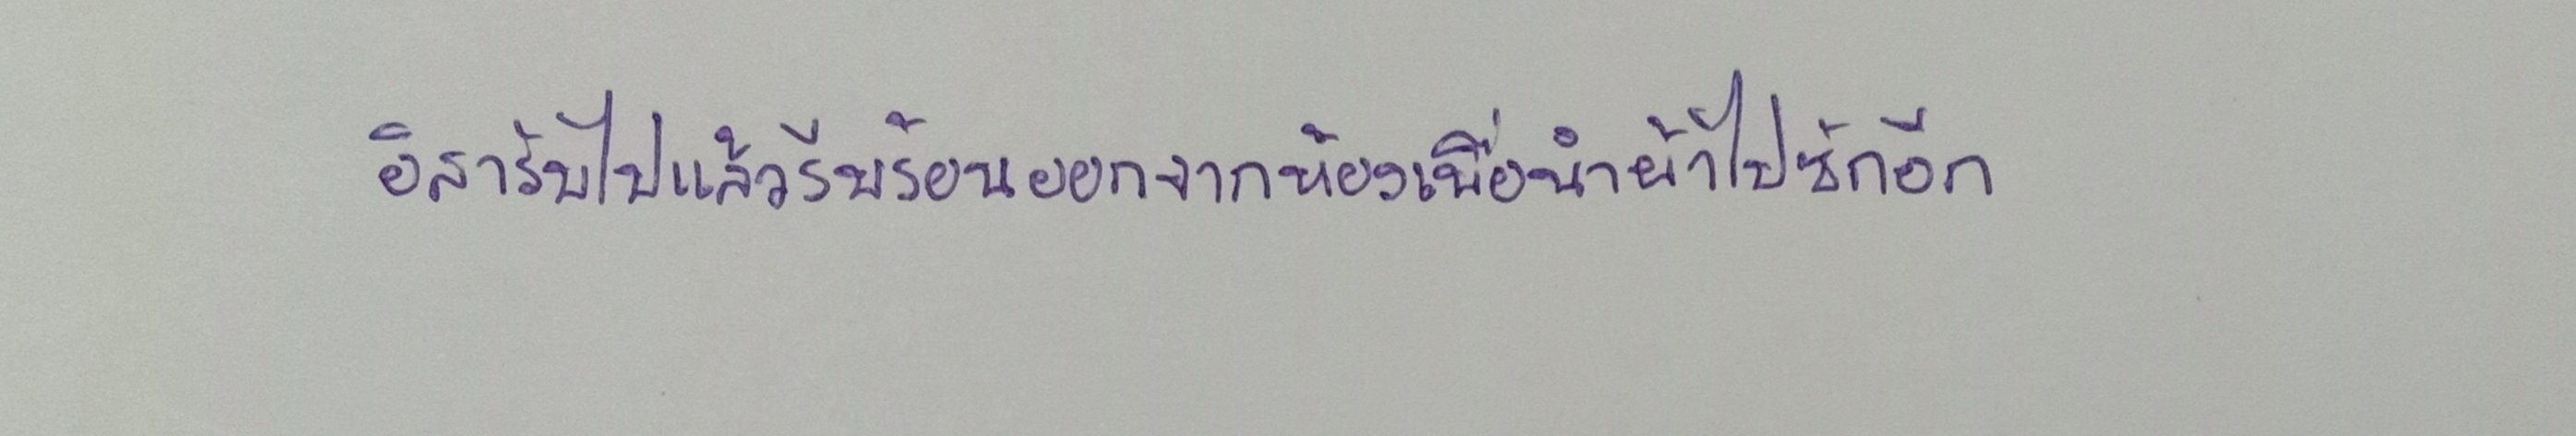
อิสารับไปแล้วรีบร้อนออกจากห้องเพื่อนำผ้าไปซักอีก